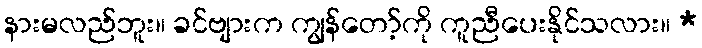
နားမလည်ဘူး။ ခင်ဗျားက ကျွန်တော့်ကို ကူညီပေးနိုင်သလား။ *